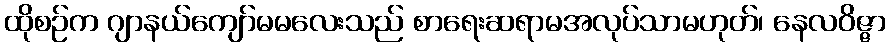
ထိုစဉ်က ဂျာနယ်ကျော်မမလေးသည် စာရေးဆရာမအလုပ်သာမဟုတ်၊ နေလဝိဇ္ဇာ